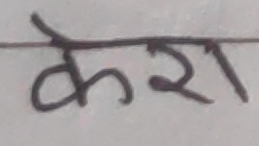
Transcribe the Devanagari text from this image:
केरा